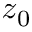
z _ { 0 }